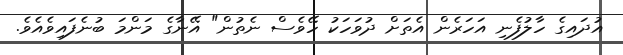
އުދައިގެ ހާލުފެނި އަހަރެން އެތަށް ދުވަހަކު ހޭވެސް ނެތުން" އޭނާގެ މަންމަ ބުނެފައިވެއެވެ.